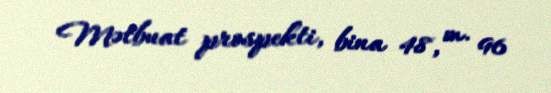
Mətbuat prospekti, bina 48, m. 96